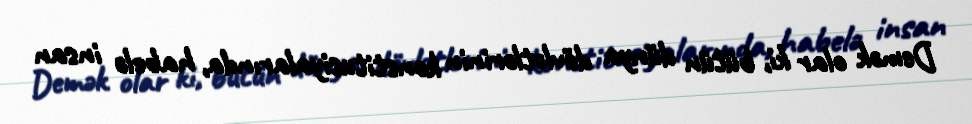
Demək olar ki, bütün dünya dövlətlərinin konstitusiyalarında, habelə insan